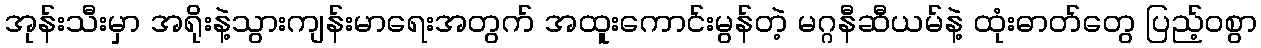
အုန်းသီးမှာ အရိုးနဲ့သွားကျန်းမာရေးအတွက် အထူးကောင်းမွန်တဲ့ မဂ္ဂနီဆီယမ်နဲ့ ထုံးဓာတ်တွေ ပြည့်ဝစွာ